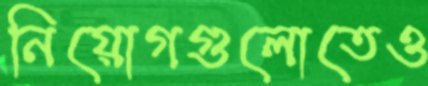
নিয়োগগুলোতেও